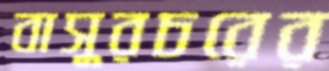
বাসুরচরের